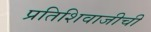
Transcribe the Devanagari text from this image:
प्रतिशिवाजीची